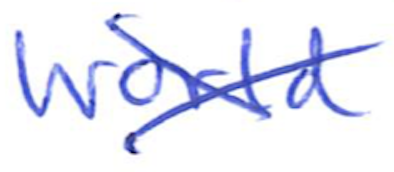
Text: World
Cross-out: cross
Writing tool: ballpoint